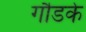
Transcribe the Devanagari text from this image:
गौडके